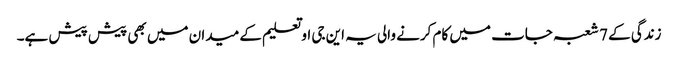
زندگی کے 7 شعبہ جات میں کام کرنے والی یہ این جی او تعلیم کے میدان میں بھی پیش پیش ہے۔